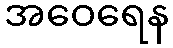
အဝေရေန